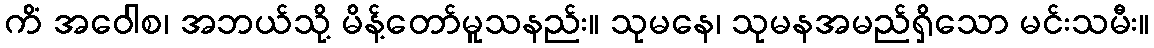
ကိံ အဝေါစ၊ အဘယ်သို့ မိန့်တော်မူသနည်း။ သုမနေ၊ သုမနအမည်ရှိသော မင်းသမီး။